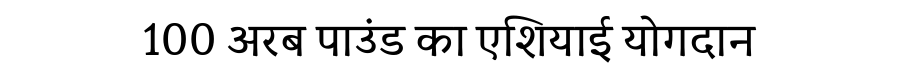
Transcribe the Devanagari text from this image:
100 अरब पाउंड का एशियाई योगदान